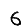
Digit: 6